Annual report of the Bengal Veterinary College and of the Civil Veterinary Department, Bengal, for the year 1916-17 - 1916-1917
Year: 1916
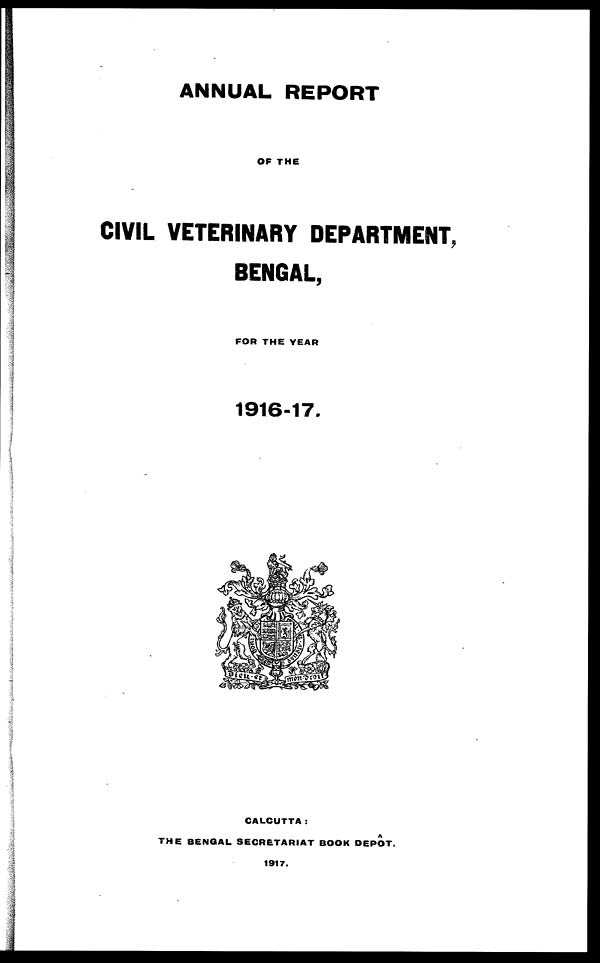
ANNUAL REPORT
OF THE
CIVIL VETERINARY DEPARTMENT,
BENGAL,
FOR THE YEAR
1916-17,
CALCUTTA:
THE BENGAL SECRETARIAT BOOK DEPOT.
1917.